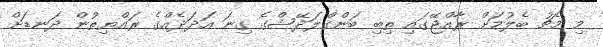
މި މެޗު ބެލުމަށް ރާއްޖޭގައި ތިބި ބަންގްލަދޭޝްގެ ގިނަ އަދަދެއްގެ ރައްޔިތުން ދަނޑަށް